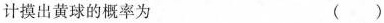
计摸出黄球的概率为 ( )